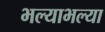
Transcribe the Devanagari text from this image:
भल्याभल्या